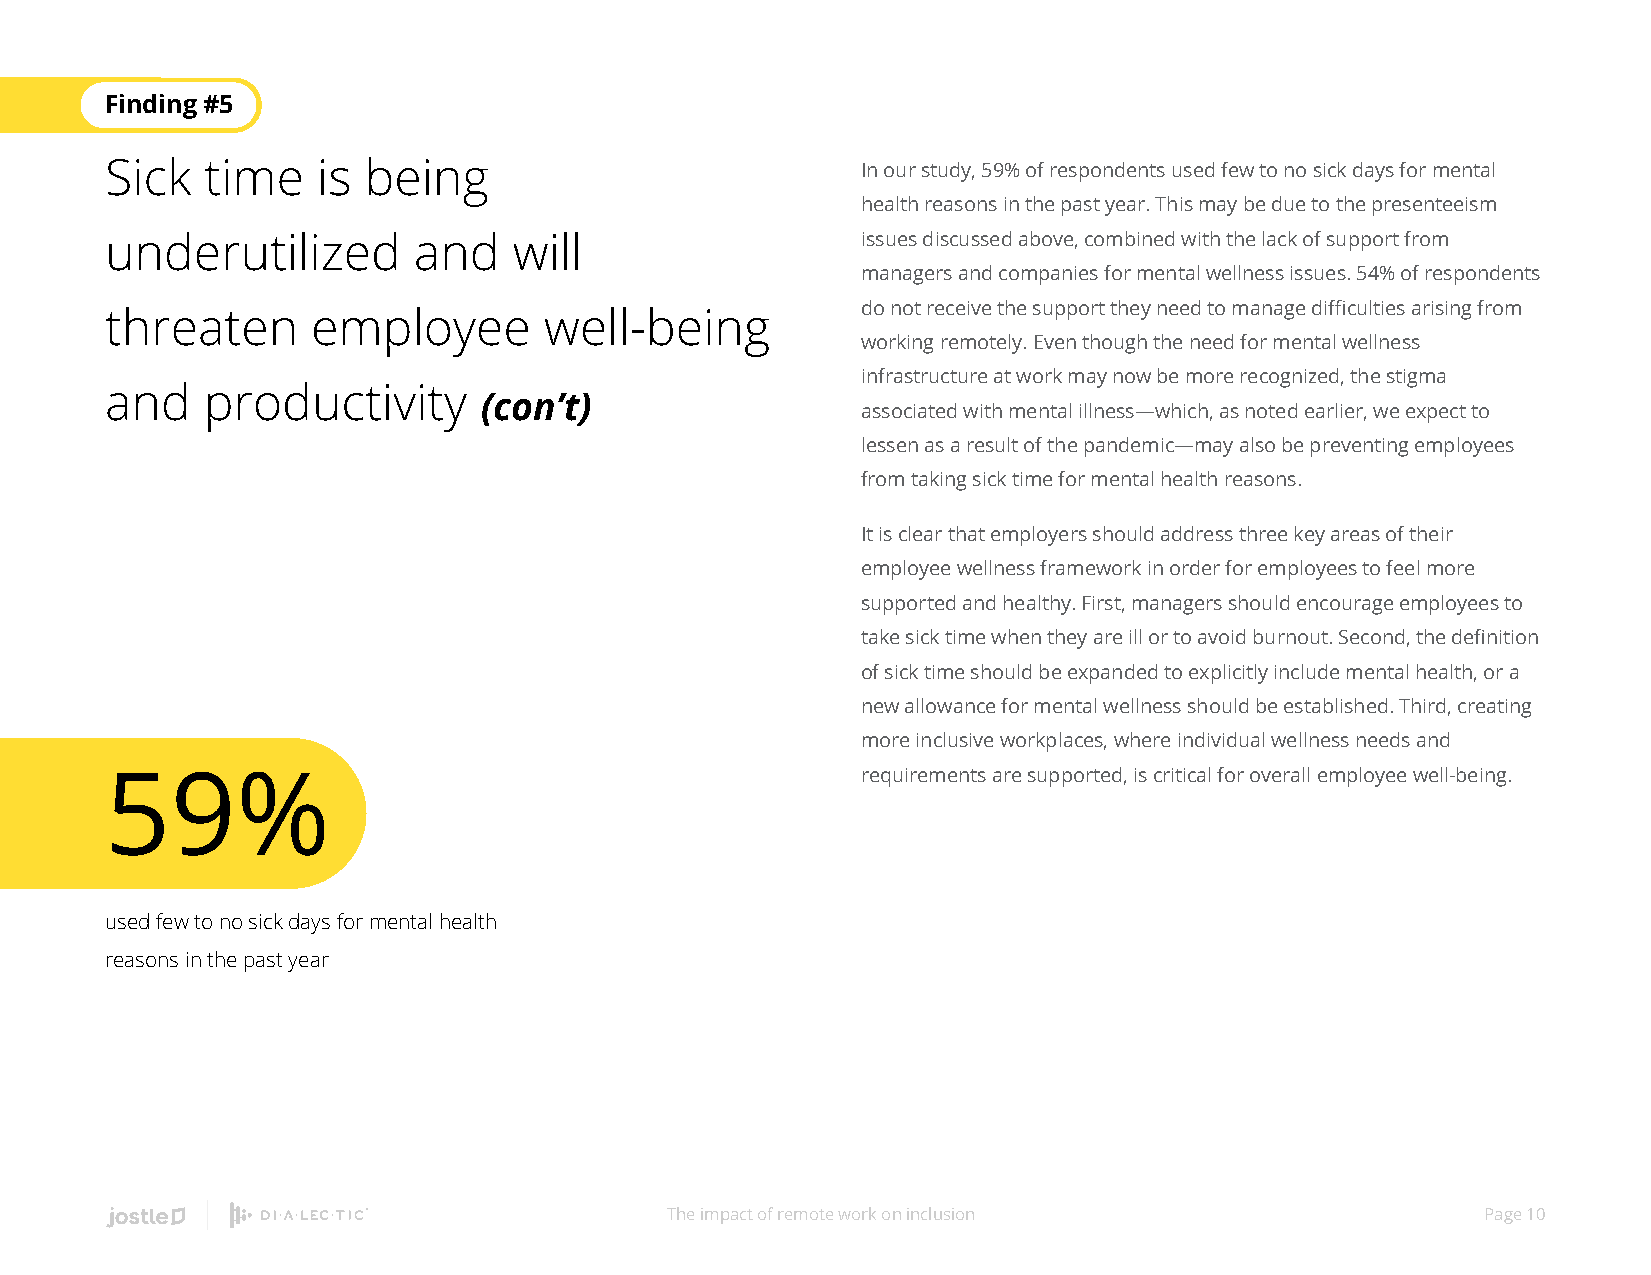
Finding #5
 Sick   time   is being                            In our study, 59% of respondents used few to no sick days for mental
 health reasons in the past year. This may be due to the presenteeism
 underutilized       and    will                   issues discussed above, combined with the lack of support from
 managers and companies for mental wellness issues. 54% of respondents
 do not receive the support they need to manage difficulties arising from
 threaten      employee       well-being
 working remotely. Even though the need for mental wellness
 infrastructure at work may now be more recognized, the stigma
 and   productivity
 (con’t)
 associated with mental illness—which, as noted earlier, we expect to
 lessen as a result of the pandemic—may also be preventing employees
 from taking sick time for mental health reasons.
 It is clear that employers should address three key areas of their
 employee wellness framework in order for employees to feel more
 supported and healthy. First, managers should encourage employees to
 take sick time when they are ill or to avoid burnout. Second, the definition
 of sick time should be expanded to explicitly include mental health, or a
 new allowance for mental wellness should be established. Third, creating
 more inclusive workplaces, where individual wellness needs and
 59%                                               requirements are supported, is critical for overall employee well-being.
 used few to no sick days for mental health
 reasons in the past year
 The impact of remote work on inclusion                Page 10